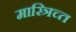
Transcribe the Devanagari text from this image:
मास्त्रिच्त